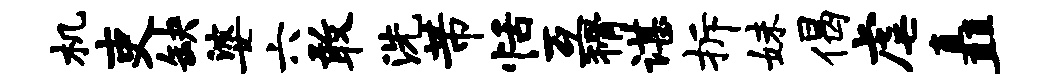
机吏缺婆六敢洗芾恬互猾谌拆妹偈虐矗